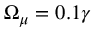
\Omega _ { \mu } = 0 . 1 \gamma